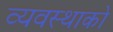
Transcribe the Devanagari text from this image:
व्यवस्थाको